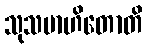
သုသမာဟိတောတိ